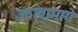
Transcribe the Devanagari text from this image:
उठावामागे